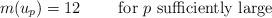
LaTeX: \begin{align*}m(u_p)=12 \qquad\mbox{ for $p$ sufficiently large }\end{align*}